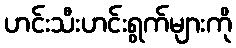
ဟင်းသီးဟင်းရွက်များကို